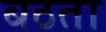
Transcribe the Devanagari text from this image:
बठता